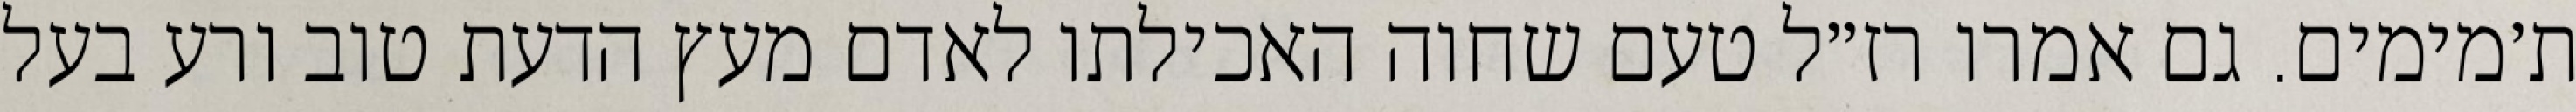
ת׳מימים. גם אמרו רז״ל טעם שחוה האכילתו לאדם מעץ הדעת טוב ורע בעל